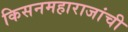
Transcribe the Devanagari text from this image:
किसनमहाराजांची